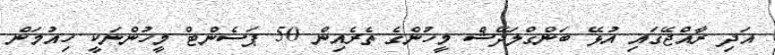
އަދި ރާއްޖޭގައި އުޅޭ ބަންގްލަދޭޝް މީހުންގެ ތެރެއިން 50 ޕަސެންޓް މީހުންނަކީ ހިއުމަން